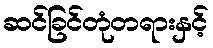
ဆင်ခြင်တုံတရားနှင့်